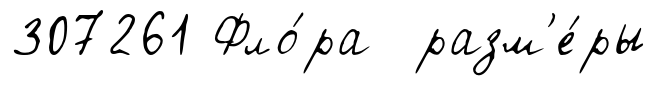
307261 Фло́ра разм'е́ры